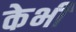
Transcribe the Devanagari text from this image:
केभी